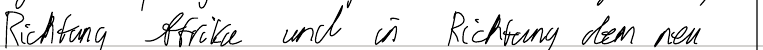
Richtung Afrika und in Richtung dem neu